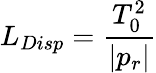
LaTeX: L_{Disp}=\frac{T_{0}^{2}}{|p_{r}|}